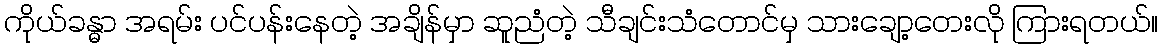
ကိုယ်ခန္ဓာ အရမ်း ပင်ပန်းနေတဲ့ အချိန်မှာ ဆူညံတဲ့ သီချင်းသံတောင်မှ သားချော့တေးလို ကြားရတယ်။